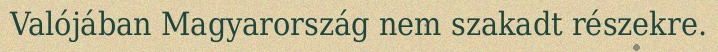
Valójában Magyarország nem szakadt részekre.